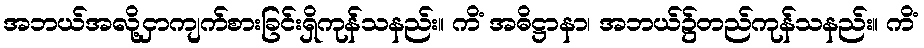
အဘယ်အလို့ငှာကျက်စားခြင်းရှိကုန်သနည်း။ ကိံ အဓိဋ္ဌာနာ၊ အဘယ်၌တည်ကုန်သနည်း။ ကိံ